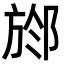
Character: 𣃶